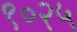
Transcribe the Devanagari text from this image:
९०२५